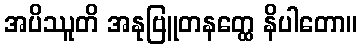
အပိဿူတိ အနုဗြူတနတ္ထေ နိပါတော။